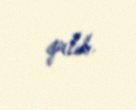
qalıb.